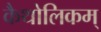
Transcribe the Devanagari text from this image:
कैथोलिकम्